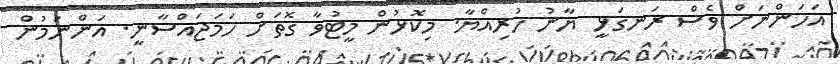
އަހަންނަށް ވެސް ރަނގަޅީ ޔާނު ހުރިއްޔާ. މިކޮޅުން މީޓުވާ ގޮތަށް ހަމަޖައްސާނީ. އަންނަމުން